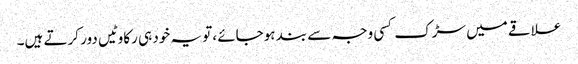
علاقے میں سڑک کسی وجہ سے بند ہوجائے ،تو یہ خود ہی رکاوٹیں دور کرتے ہیں۔